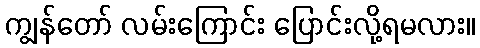
ကျွန်တော် လမ်းကြောင်း ပြောင်းလို့ရမလား။